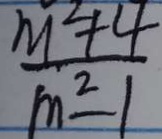
\frac { m ^ { 2 } + 4 } { m ^ { 2 } - 1 }